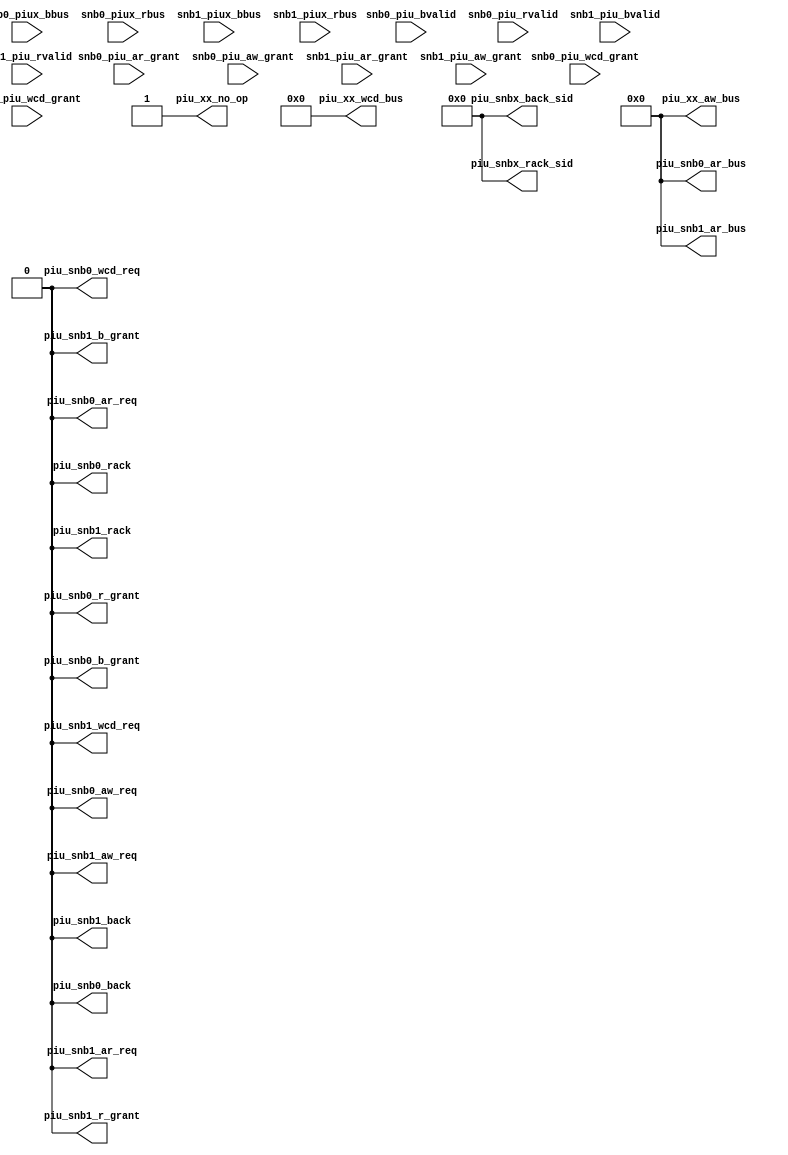
/*Copyright 2019-2021 T-Head Semiconductor Co., Ltd.

Licensed under the Apache License, Version 2.0 (the "License");
you may not use this file except in compliance with the License.
You may obtain a copy of the License at

    http://www.apache.org/licenses/LICENSE-2.0

Unless required by applicable law or agreed to in writing, software
distributed under the License is distributed on an "AS IS" BASIS,
WITHOUT WARRANTIES OR CONDITIONS OF ANY KIND, either express or implied.
See the License for the specific language governing permissions and
limitations under the License.
*/
module ct_piu_top_dummy_device(
  piu_snb0_ar_bus,
  piu_snb0_ar_req,
  piu_snb0_aw_req,
  piu_snb0_b_grant,
  piu_snb0_back,
  piu_snb0_r_grant,
  piu_snb0_rack,
  piu_snb0_wcd_req,
  piu_snb1_ar_bus,
  piu_snb1_ar_req,
  piu_snb1_aw_req,
  piu_snb1_b_grant,
  piu_snb1_back,
  piu_snb1_r_grant,
  piu_snb1_rack,
  piu_snb1_wcd_req,
  piu_snbx_back_sid,
  piu_snbx_rack_sid,
  piu_xx_aw_bus,
  piu_xx_no_op,
  piu_xx_wcd_bus,
  snb0_piu_ar_grant,
  snb0_piu_aw_grant,
  snb0_piu_bvalid,
  snb0_piu_rvalid,
  snb0_piu_wcd_grant,
  snb0_piux_bbus,
  snb0_piux_rbus,
  snb1_piu_ar_grant,
  snb1_piu_aw_grant,
  snb1_piu_bvalid,
  snb1_piu_rvalid,
  snb1_piu_wcd_grant,
  snb1_piux_bbus,
  snb1_piux_rbus
);

// &Ports; @2
input            snb0_piu_ar_grant; 
input            snb0_piu_aw_grant; 
input            snb0_piu_bvalid;  
input            snb0_piu_rvalid;  
input            snb0_piu_wcd_grant; 
input   [13 :0]  snb0_piux_bbus;   
input   [534:0]  snb0_piux_rbus;   
input            snb1_piu_ar_grant; 
input            snb1_piu_aw_grant; 
input            snb1_piu_bvalid;  
input            snb1_piu_rvalid;  
input            snb1_piu_wcd_grant; 
input   [13 :0]  snb1_piux_bbus;   
input   [534:0]  snb1_piux_rbus;   
output  [70 :0]  piu_snb0_ar_bus;  
output           piu_snb0_ar_req;  
output           piu_snb0_aw_req;  
output           piu_snb0_b_grant; 
output           piu_snb0_back;    
output           piu_snb0_r_grant; 
output           piu_snb0_rack;    
output           piu_snb0_wcd_req; 
output  [70 :0]  piu_snb1_ar_bus;  
output           piu_snb1_ar_req;  
output           piu_snb1_aw_req;  
output           piu_snb1_b_grant; 
output           piu_snb1_back;    
output           piu_snb1_r_grant; 
output           piu_snb1_rack;    
output           piu_snb1_wcd_req; 
output  [4  :0]  piu_snbx_back_sid; 
output  [4  :0]  piu_snbx_rack_sid; 
output  [70 :0]  piu_xx_aw_bus;    
output           piu_xx_no_op;     
output  [534:0]  piu_xx_wcd_bus;   

// &Regs; @3

// &Wires; @4
wire    [70 :0]  piu_snb0_ar_bus;  
wire             piu_snb0_ar_req;  
wire             piu_snb0_aw_req;  
wire             piu_snb0_b_grant; 
wire             piu_snb0_back;    
wire             piu_snb0_r_grant; 
wire             piu_snb0_rack;    
wire             piu_snb0_wcd_req; 
wire    [70 :0]  piu_snb1_ar_bus;  
wire             piu_snb1_ar_req;  
wire             piu_snb1_aw_req;  
wire             piu_snb1_b_grant; 
wire             piu_snb1_back;    
wire             piu_snb1_r_grant; 
wire             piu_snb1_rack;    
wire             piu_snb1_wcd_req; 
wire    [4  :0]  piu_snbx_back_sid; 
wire    [4  :0]  piu_snbx_rack_sid; 
wire    [70 :0]  piu_xx_aw_bus;    
wire             piu_xx_no_op;     
wire    [534:0]  piu_xx_wcd_bus;   


parameter UPKB_WIDTH = 535;
parameter B_WIDTH    = 14;
parameter ARWIDTH    = 71;
parameter AWWIDTH    = 71;
parameter WCD_WIDTH  = 535;

// &Force("input", "snb0_piu_ar_grant"); @12
// &Force("input", "snb1_piu_ar_grant"); @13

// &Force("input", "snb0_piu_aw_grant"); @15
// &Force("input", "snb1_piu_aw_grant"); @16
// &Force("input", "snb0_piu_wcd_grant"); @17
// &Force("input", "snb1_piu_wcd_grant"); @18

// &Force("input", "snb0_piu_rvalid"); @20
// &Force("input", "snb1_piu_rvalid"); @21
// &Force("input", "snb0_piux_rbus");  &Force("bus", "snb0_piux_rbus",(UPKB_WIDTH-1),0); @22
// &Force("input", "snb1_piux_rbus");  &Force("bus", "snb1_piux_rbus",(UPKB_WIDTH-1),0); @23

// &Force("input", "snb0_piu_bvalid"); @25
// &Force("input", "snb1_piu_bvalid"); @26
// &Force("input", "snb0_piux_bbus");  &Force("bus", "snb0_piux_bbus", (B_WIDTH-1),0); @27
// &Force("input", "snb1_piux_bbus");  &Force("bus", "snb1_piux_bbus", (B_WIDTH-1),0); @28

assign piu_snb0_ar_req = 1'b0;
assign piu_snb1_ar_req = 1'b0;
assign piu_snb0_ar_bus[ARWIDTH-1:0] = {ARWIDTH{1'b0}};
assign piu_snb1_ar_bus[ARWIDTH-1:0] = {ARWIDTH{1'b0}};

assign piu_snb0_aw_req = 1'b0;
assign piu_snb1_aw_req = 1'b0;
assign piu_xx_aw_bus[AWWIDTH-1:0] = {AWWIDTH{1'b0}};
assign piu_snb0_wcd_req = 1'b0;
assign piu_snb1_wcd_req = 1'b0;
assign piu_xx_wcd_bus[WCD_WIDTH-1:0] = {WCD_WIDTH{1'b0}};

assign piu_snb0_r_grant  = 1'b0;
assign piu_snb1_r_grant  = 1'b0;
assign piu_snb0_b_grant  = 1'b0;
assign piu_snb1_b_grant  = 1'b0;

assign piu_snb0_rack          = 1'b0;
assign piu_snb1_rack          = 1'b0;
assign piu_snbx_rack_sid[4:0] = 5'b0;
assign piu_snb0_back          = 1'b0;
assign piu_snb1_back          = 1'b0;
assign piu_snbx_back_sid[4:0] = 5'b0;

assign piu_xx_no_op = 1'b1;


// &ModuleEnd; @57
endmodule